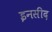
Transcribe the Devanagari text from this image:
इनसीद